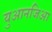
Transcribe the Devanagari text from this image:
युआनजिआ